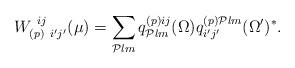
LaTeX: \begin{align*}W^{\ ij}_{(p)\ i'j'}(\mu) =\sum_{{\cal P}lm} q^{(p)ij}_{{\cal P}lm}(\Omega ) q^{(p){\cal P}lm}_{i'j'}(\Omega ')^{*}.\end{align*}